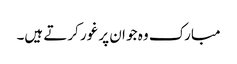
مبارک وہ جو ان پر غور کرتے ہیں۔